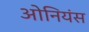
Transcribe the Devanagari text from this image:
ओनियंस